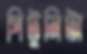
পিটুনিটা